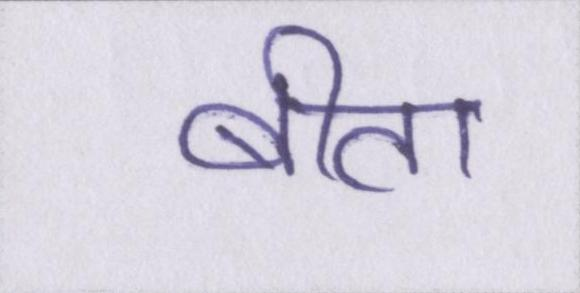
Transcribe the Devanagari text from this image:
बीता